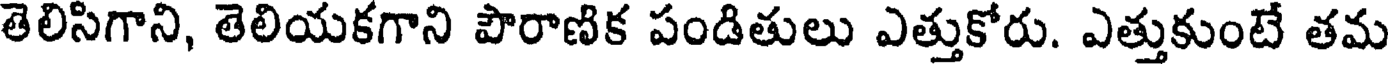
తెలిసిగాని, తెలియకగాని పౌరాణిక పండితులు ఎత్తుకోరు. ఎత్తుకుంటే తమ